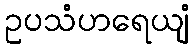
ဥပသံဟရေယျံ